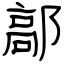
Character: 鄗